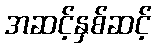
အဆင့်နှစ်ဆင့်